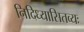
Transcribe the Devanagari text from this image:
निदिध्यासितव्यः